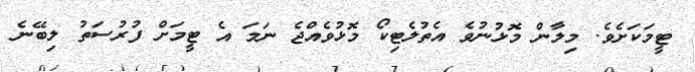
ޓީމަކަށެވެ. މިލާން މޮޅުނުވެ އެތުލެޓިކޯ މޮޅުވެއްޖެ ނަމަ އެ ޓީމަށް ފުރުސަތު ލިބޭނެ